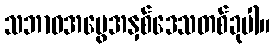
သဘာဝအမွေအနှစ်ဒေသတစ်ခုပါ။